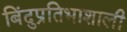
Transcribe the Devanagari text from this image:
बिंदुप्रतिभाशाली